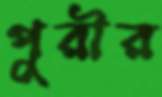
পুরীর